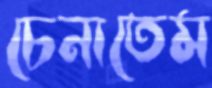
চেনাতেম